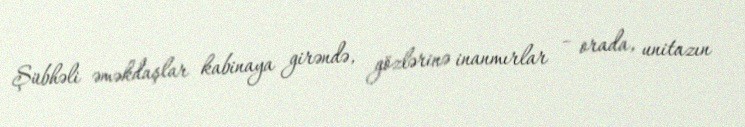
Şübhəli əməkdaşlar kabinaya girəndə, gözlərinə inanmırlar – orada, unitazın